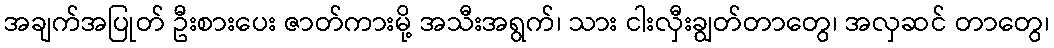
အချက်အပြုတ် ဦးစားပေး ဇာတ်ကားမို့ အသီးအရွက်၊ သား ငါးလှီးချွတ်တာတွေ၊ အလှဆင် တာတွေ၊